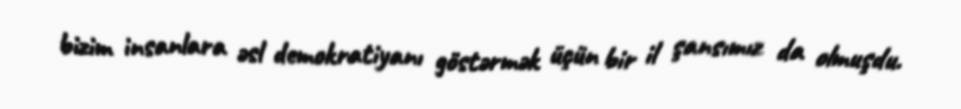
bizim insanlara əsl demokratiyanı göstərmək üçün bir il şansımız da olmuşdu.